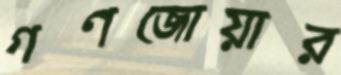
গণজোয়ার